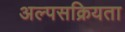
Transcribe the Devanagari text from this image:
अल्पसक्रियता